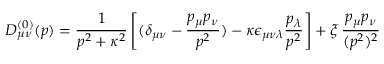
D _ { \mu \nu } ^ { ( 0 ) } ( p ) = \frac { 1 } { p ^ { 2 } + \kappa ^ { 2 } } \left[ ( \delta _ { \mu \nu } - \frac { p _ { \mu } p _ { \nu } } { p ^ { 2 } } ) - \kappa \epsilon _ { \mu \nu \lambda } \frac { p _ { \lambda } } { p ^ { 2 } } \right] + \xi \, \frac { p _ { \mu } p _ { \nu } } { ( p ^ { 2 } ) ^ { 2 } }